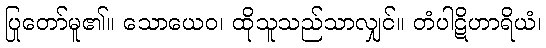
ပြုတော်မူ၏။ သောယေဝ၊ ထိုသူသည်သာလျှင်။ တံပါဋိဟာရိယံ၊